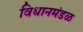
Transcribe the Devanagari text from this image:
विधानमंडळ